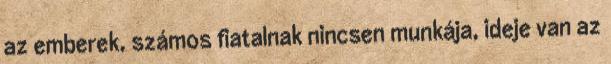
az emberek, számos fiatalnak nincsen munkája, ideje van az